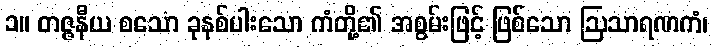
၁။ တဇ္ဇနီယ စသော ခုနစ်ပါးသော ကံတို့၏ အစွမ်းဖြင့် ဖြစ်သော ဩသာရဏကံ၊